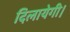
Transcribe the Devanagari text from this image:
दिलायेगी।